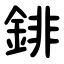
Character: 䤵